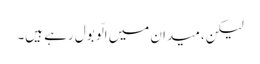
لیکن، میدان میں الّو بول رہے ہیں۔